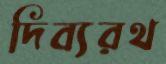
দিব্যরথ